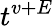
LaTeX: t^{v+E}